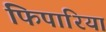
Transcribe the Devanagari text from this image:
फिपारिया